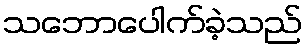
သဘောပေါက်ခဲ့သည်